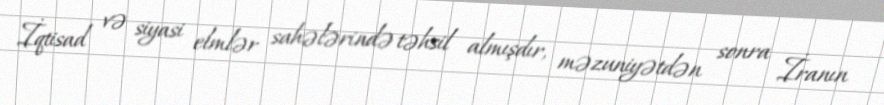
İqtisad və siyasi elmlər sahələrində təhsil almışdır, məzuniyətdən sonra İranın